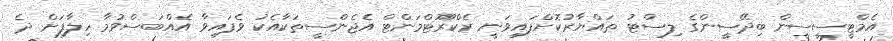
އެމްޓީސީސީން ބިދޭސީންގެ ލިސްޓު ތައްޔާރުކޮށްފައިވަނީ ރެކްރޫޓްމަންޓް އެޖެންސީތަކާއެކު ވެފައިވާ އެއްބަސްވުމާ ހިލާފަށް ދެ